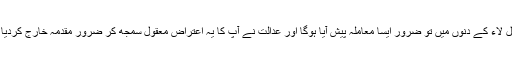
مارشل لاء کے دنوں میں تو ضرور ایسا معاملہ پیش آیا ہوگا اور عدالت نے آپ کا یہ اعتراض معقول سمجھ کر ضرور مقدمہ خارج کردیا ہوگا۔